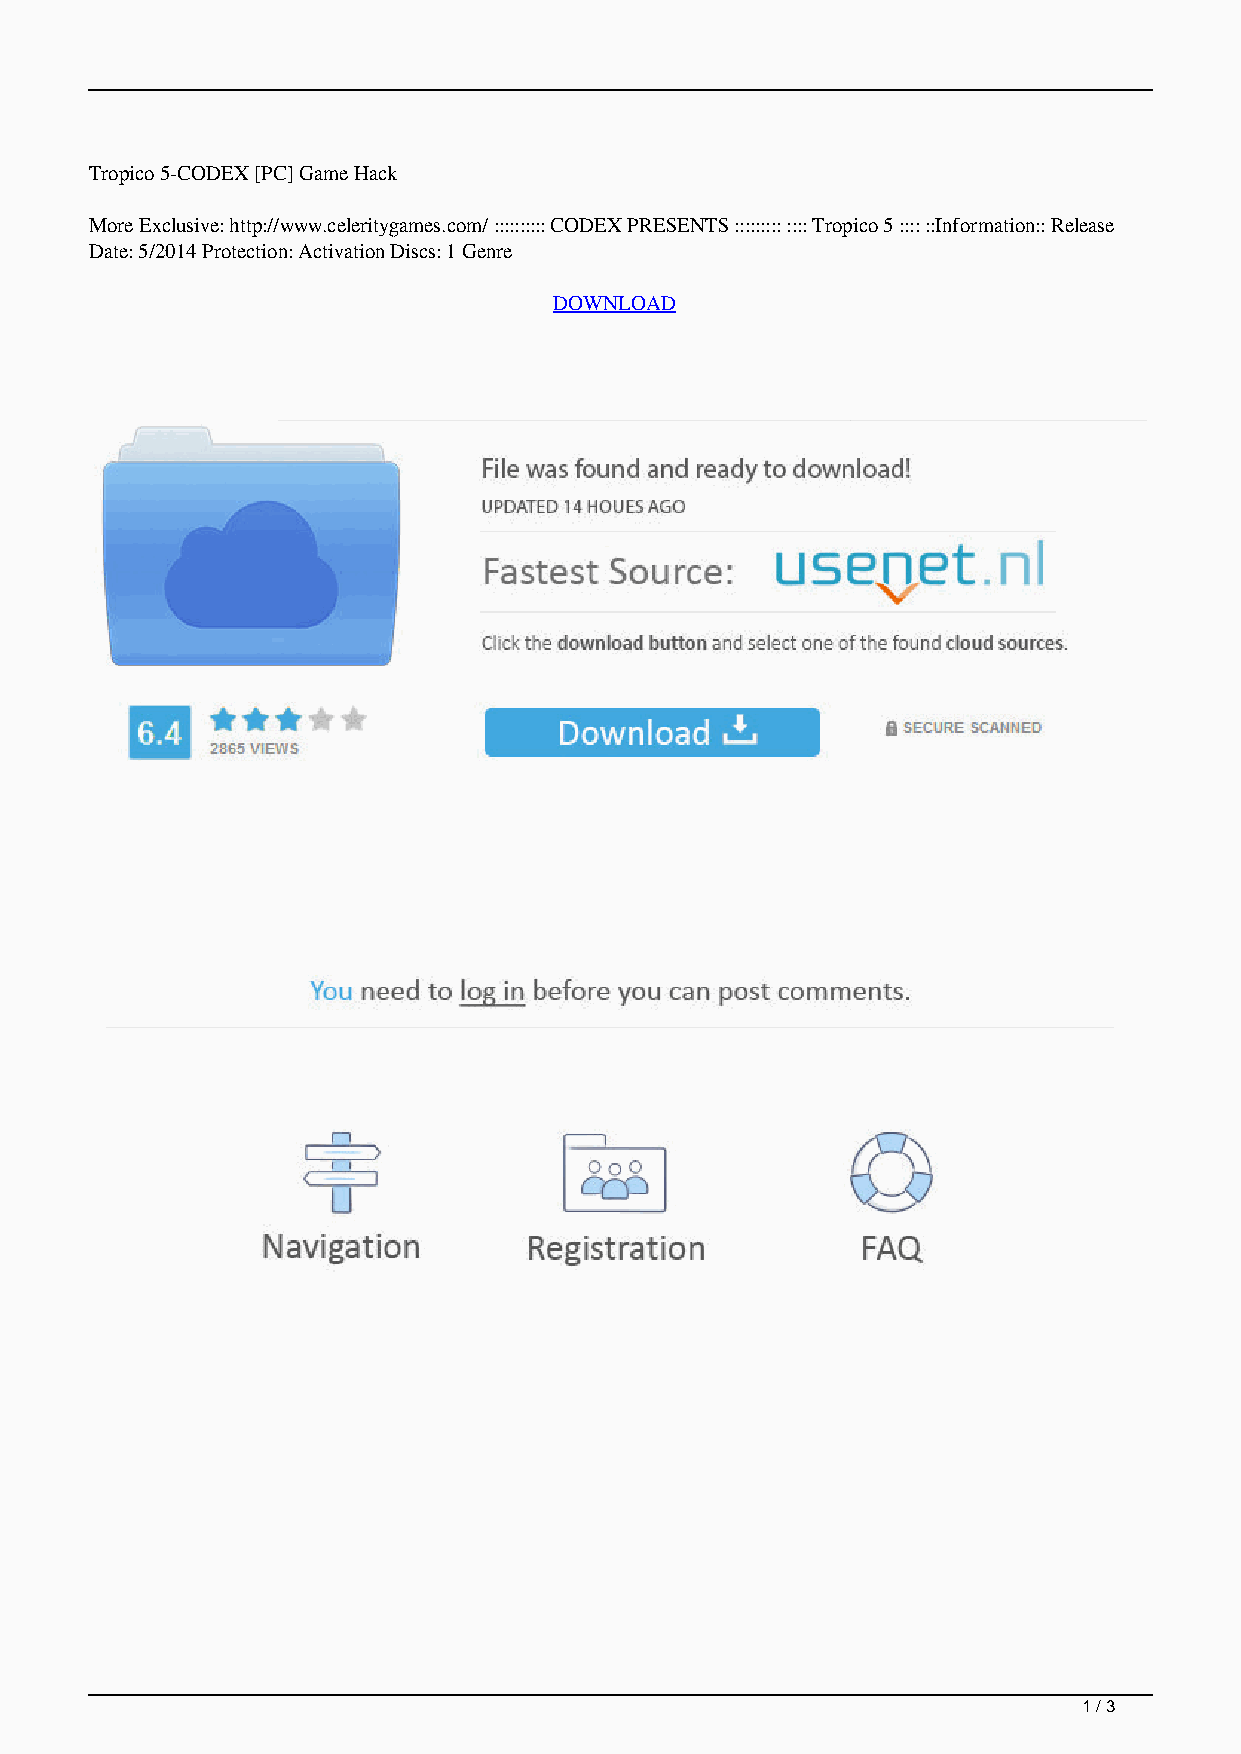
Tropico 5-CODEX [PC] Game Hack
 More Exclusive: http://www.celeritygames.com/ :::::::::: CODEX PRESENTS ::::::::: :::: Tropico 5 :::: ::Information:: Release
 Date: 5/2014 Protection: Activation Discs: 1 Genre
 DOWNLOAD
 1 / 3